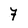
Character: 7